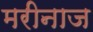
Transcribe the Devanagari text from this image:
मरीनाज